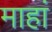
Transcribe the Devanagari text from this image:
माहां